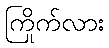
ကြိုက်လား